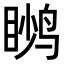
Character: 𬸙